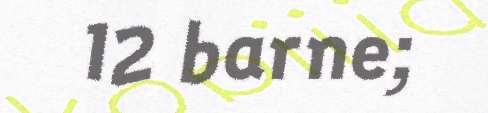
12 barne;